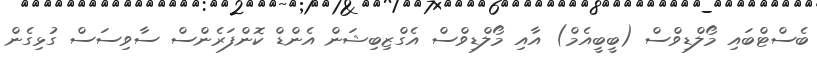
ބެސްޓްބައި މޯލްޑިވްސް (ބީބީއެމް) އާއި މޯލްޑިވްސް އެގްޒިބިޝަން އެންޑް ކޮންފަރެންސް ސާވިސަސް ގުޅިގެން